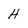
Character: H